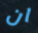
ان